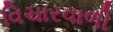
વિચારવાળી